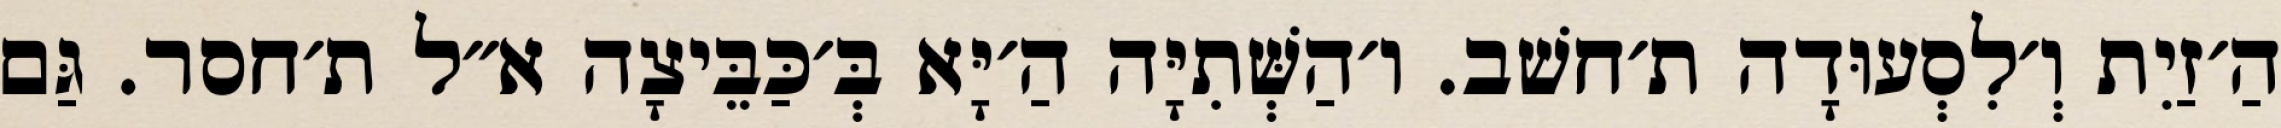
הַ׳זַיִת וְ׳לִסְעוּדָה ת׳חשׁב. ו׳הַשְּׁתִיָּה הַ׳יָּא בְּ׳כַּבֵּיצָה א״ל ת׳חסר. גַּם